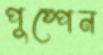
পুষ্পেন